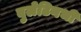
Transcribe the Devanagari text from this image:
बुलेटिनभी